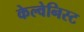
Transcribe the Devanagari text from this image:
केल्वेनिस्ट